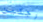
رجلين